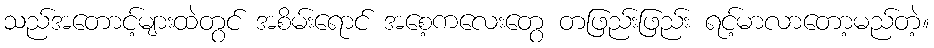
သည်အတောင့်များထဲတွင် အစိမ်းရောင် အစေ့ကလေးတွေ တဖြည်းဖြည်း ရင့်မာလာတော့မည်တဲ့။